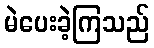
မဲပေးခဲ့ကြသည်